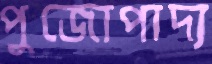
পুজোপাদ্য